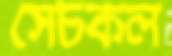
সেচকল